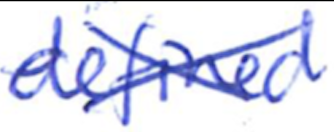
Text: defined
Cross-out: cross
Writing tool: ballpoint